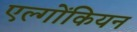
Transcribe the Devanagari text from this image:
एल्गोंकियन